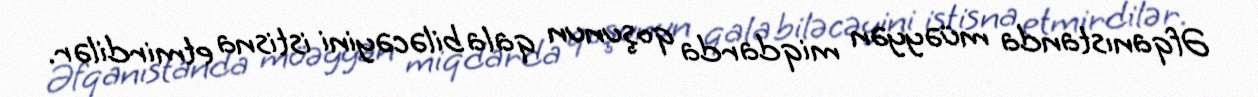
Əfqanıstanda müəyyən miqdarda qoşunun qala biləcəyini istisna etmirdilər.